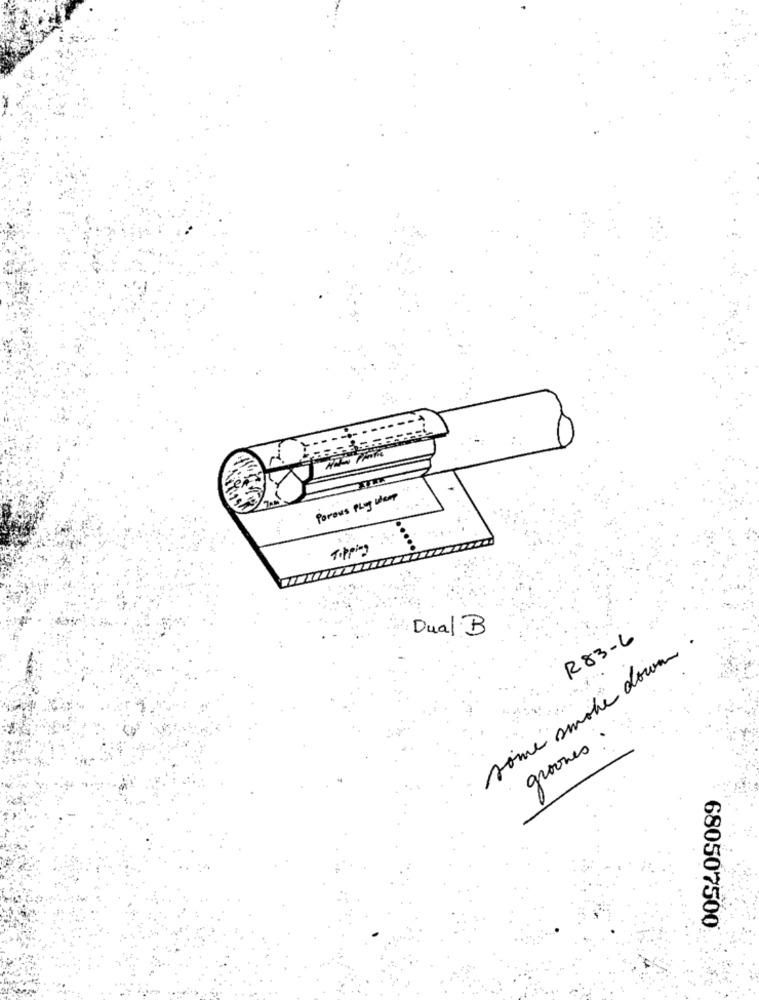
Porous Plug Weap
Tipping
Dual B
R83-6
some smoke down
groones
680507500